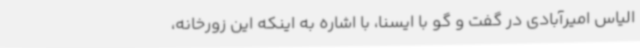
الیاس امیرآبادی در گفت و گو با ایسنا، با اشاره به اینکه این زورخانه،